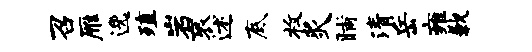
召雁逸殖岩衮述底枚炙晡清岳雍歉